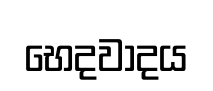
භෙදවාදය